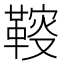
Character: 䩳